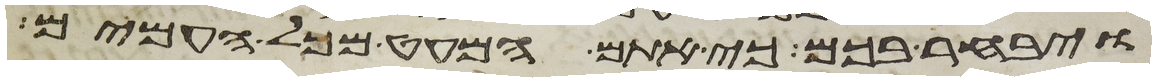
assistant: ויבחר בכם כי אתם המעט מכל העמים